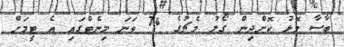
ބާސާ މޮޅު ކޮށްދިން ގޯލު މެޗުގެ 74 ވަނަ މިނެޓްގައި އެ ޓީމަށް